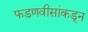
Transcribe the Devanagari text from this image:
फडणवीसांकडून